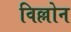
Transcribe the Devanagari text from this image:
विल्लोन